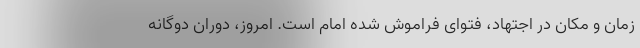
زمان و مکان در اجتهاد، فتوای فراموش شده امام است. امروز، دوران دوگانه‌